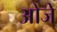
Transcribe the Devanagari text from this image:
ओजे